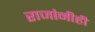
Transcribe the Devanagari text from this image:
राजांनीही